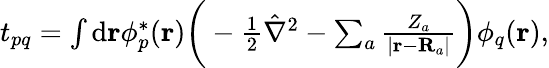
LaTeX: \begin{array}{r}{t_{pq}=\int\mathrm{d}\mathbf r\phi_{p}^{*}(\mathbf r)\bigg(-\frac{1}{2}\hat{\nabla}^{2}-\sum_{a}\frac{Z_{a}}{|\mathbf r-\mathbf R_{a}|}\bigg)\phi_{q}(\mathbf r),}\end{array}